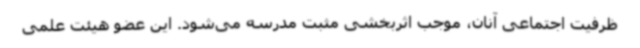
ظرفیت اجتماعی آنان، موجب اثربخشی مثبت مدرسه می‌شود. این عضو هیئت علمی